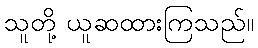
သူတို့ ယူဆထားကြသည်။